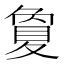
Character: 夐